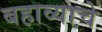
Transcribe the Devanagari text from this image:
बहाव्याचे